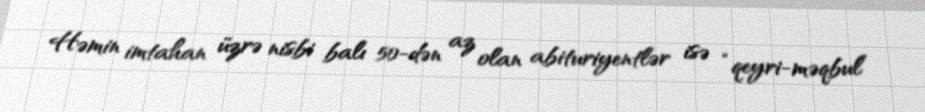
Həmin imtahan üzrə nisbi balı 50-dən az olan abituriyentlər isə “qeyri-məqbul”